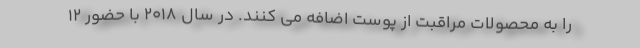
را به محصولات مراقبت از پوست اضافه می کنند. در سال 2018 با حضور 12